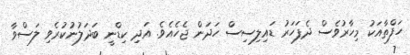
ހަފްތާއަކު މިހާރުވެސް ދެފަހަރު ޑައިލިސިސް ހަދަން ޖެހެއެވެ. އަދި ކިޑްނީ ބަދަލުނުކުރެވި ލަސްވާ